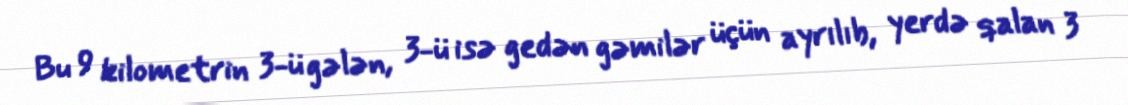
Bu 9 kilometrin 3-ü gələn, 3-ü isə gedən gəmilər üçün ayrılıb, yerdə qalan 3